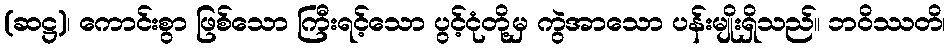
(ဆဋ္ဌ)၊ ကောင်းစွာ ဖြစ်သော ကြီးရင့်သော ပွင့်ငုံတို့မှ ကွဲအာသော ပန်းမျိုးရှိသည်။ ဘဝိဿတိ၊